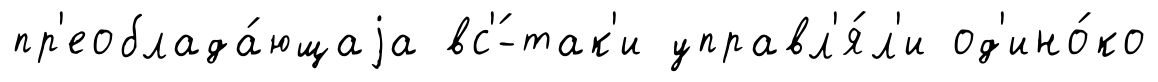
пр'еоблада́ющаjа вс'́-так'и управл'я́л'и од'ино́ко